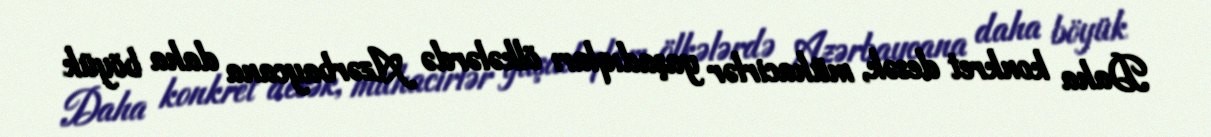
Daha konkret desək, mühacirlər yaşadıqları ölkələrdə Azərbaycana daha böyük